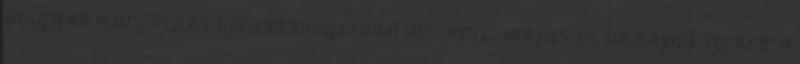
MAGYAR KÜLGAZDASÁGI STRATÉGIÁBAN MISKOLC, MÁJUS 19. UKRAJNA SZEREPE A